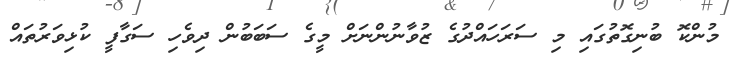
މުންކޮ ބުނިގޮތުގައި މި ސަރަހައްދުގެ ޒުވާނުންނަށް މީގެ ސަބަބުން ދިވެހި ސަގާފީ ކުޅިވަރުތައް